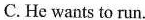
C.He wants to run.